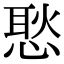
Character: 𢞚